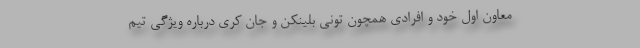
معاون اول خود و افرادی همچون تونی بلینکن و جان کری درباره ویژگی تیم